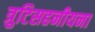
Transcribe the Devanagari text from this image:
त्रुटिसहनीयना